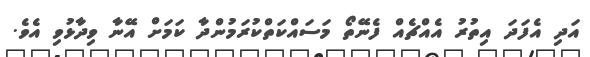
އަދި އެފަދަ އިތުރު އެއްޗެއް ފެނޭތޯ މަސައްކަތްކުރަމުންދާ ކަމަށް އޭނާ ވިދާޅުވި އެވެ.